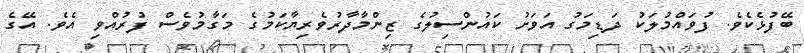
ބޭފުޅެކެވެ. ފުވައްމުލަކު ދަޑިމަގު އަވަށު ކައުންސިލުގެ ޒިންމާދާރުވެރިޔާކަމުގެ މަގާމުވެސް ފުރުއްވި އެވެ. އޭގެ